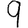
Digit: 9